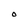
Character: O